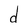
Character: d